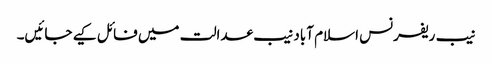
نیب ریفرنس اسلام آباد نیب عدالت میں فائل کیے جائیں۔